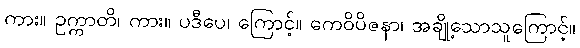
ကား။ ဥက္ကာတိ၊ ကား။ ပဒီပေ၊ ကြောင့်။ ကေဝိပိဇနာ၊ အချို့သောသူကြောင့်။